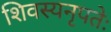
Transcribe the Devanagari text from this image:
शिवस्यनृपतेः